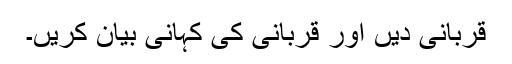
قربانی دیں اور قربانی کی کہانی بیان کریں۔